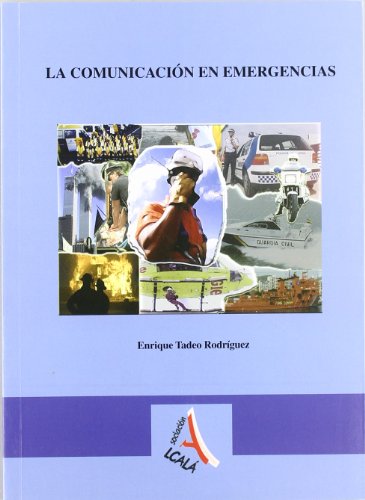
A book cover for Tecnicas de comunicacion en urgencias y emergencias / Emergency communication techniques (Spanish Edition); Enrique Tadeo; Medical Books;